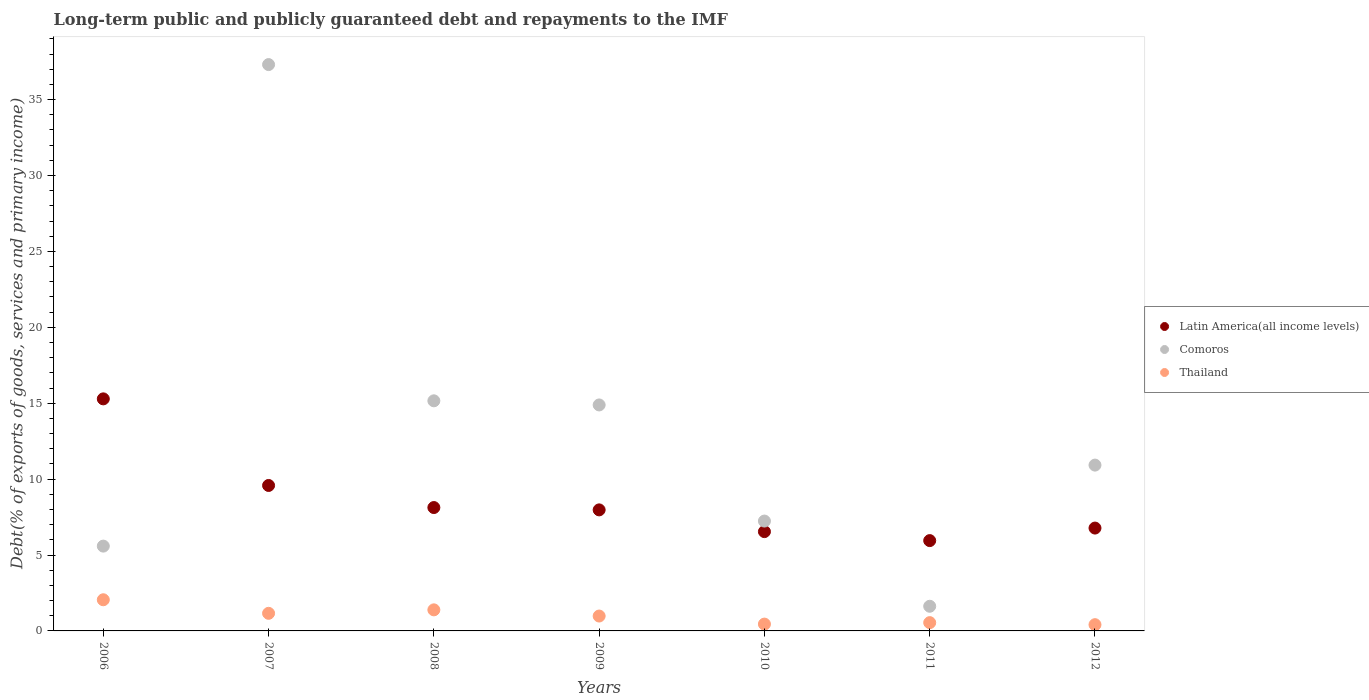
| Years | Latin America(all income levels) | Comoros | Thailand |
 | --- | --- | --- | --- |
 | 2006 | 15.3 | 5.59 | 2.05 |
 | 2007 | 9.58 | 37.3 | 1.16 |
 | 2008 | 8.13 | 15.2 | 1.39 |
 | 2009 | 7.97 | 14.9 | 0.98 |
 | 2010 | 6.54 | 7.24 | 0.449 |
 | 2011 | 5.95 | 1.62 | 0.546 |
 | 2012 | 6.78 | 10.9 | 0.412 |